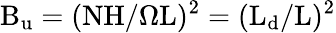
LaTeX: \mathrm{{B_{u}}=(NH/\Omega L)^{2}=(L_{d}/L)^{2}}